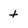
Character: t